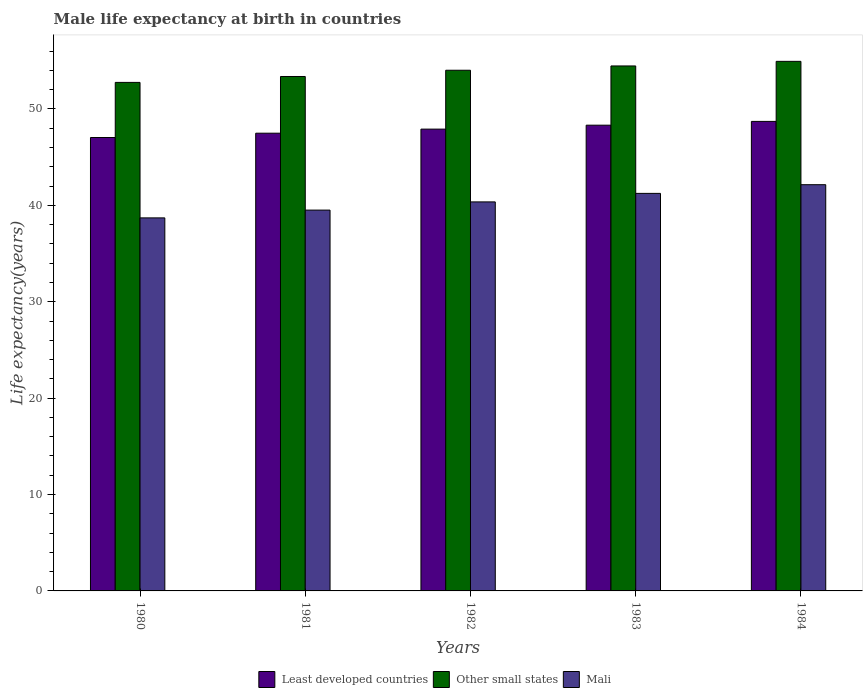
| Years | Least developed countries | Other small states | Mali |
 | --- | --- | --- | --- |
 | 1980 | 47 | 52.8 | 38.7 |
 | 1981 | 47.5 | 53.4 | 39.5 |
 | 1982 | 47.9 | 54 | 40.4 |
 | 1983 | 48.3 | 54.5 | 41.2 |
 | 1984 | 48.7 | 54.9 | 42.1 |